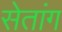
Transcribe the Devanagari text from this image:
सेतांग